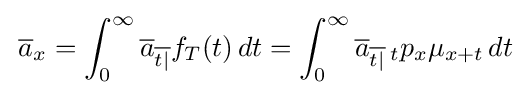
\,{\overline {a}}_{x}=\int _{0}^{\infty }{\overline {a}}_{\overline {t|}}f_{T}(t)\,dt=\int _{0}^{\infty }{\overline {a}}_{\overline {t|}}\,_{t}p_{x}\mu _{x+t}\,dt